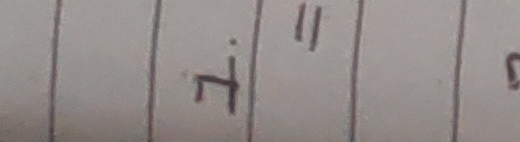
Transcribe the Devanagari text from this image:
५"